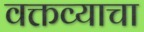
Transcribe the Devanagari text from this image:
वक्तव्याचा